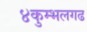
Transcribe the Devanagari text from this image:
४कुम्भलगढ